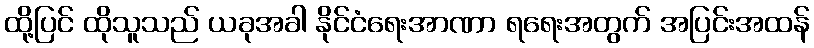
ထို့ပြင် ထိုသူသည် ယခုအခါ နိုင်ငံရေးအာဏာ ရရေးအတွက် အပြင်းအထန်